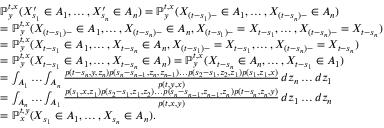
\begin{array} { r l } & { \ensuremath { \mathbb { P } } _ { y } ^ { t , x } ( X _ { s _ { 1 } } ^ { \prime } \in A _ { 1 } , \dots , X _ { s _ { n } } ^ { \prime } \in A _ { n } ) = \ensuremath { \mathbb { P } } _ { y } ^ { t , x } ( X _ { ( t - s _ { 1 } ) - } \in A _ { 1 } , \dots , X _ { ( t - s _ { n } ) - } \in A _ { n } ) } \\ & { = \ensuremath { \mathbb { P } } _ { y } ^ { t , x } ( X _ { ( t - s _ { 1 } ) - } \in A _ { 1 } , \dots , X _ { ( t - s _ { n } ) - } \in A _ { n } , X _ { ( t - s _ { 1 } ) - } = X _ { t - s _ { 1 } } , \dots , X _ { ( t - s _ { n } ) - } = X _ { t - s _ { n } } ) } \\ & { = \ensuremath { \mathbb { P } } _ { y } ^ { t , x } ( X _ { t - s _ { 1 } } \in A _ { 1 } , \dots , X _ { t - s _ { n } } \in A _ { n } , X _ { ( t - s _ { 1 } ) - } = X _ { t - s _ { 1 } } , \dots , X _ { ( t - s _ { n } ) - } = X _ { t - s _ { n } } ) } \\ & { = \ensuremath { \mathbb { P } } _ { y } ^ { t , x } ( X _ { t - s _ { 1 } } \in A _ { 1 } , \dots , X _ { t - s _ { n } } \in A _ { n } ) = \ensuremath { \mathbb { P } } _ { y } ^ { t , x } ( X _ { t - s _ { n } } \in A _ { n } , \dots , X _ { t - s _ { 1 } } \in A _ { 1 } ) } \\ & { = \int _ { A _ { 1 } } \dots \int _ { A _ { n } } \frac { p ( t - s _ { n } , y , z _ { n } ) p ( s _ { n } - s _ { n - 1 } , z _ { n } , z _ { n - 1 } ) \dots p ( s _ { 2 } - s _ { 1 } , z _ { 2 } , z _ { 1 } ) p ( s _ { 1 } , z _ { 1 } , x ) } { p ( t , y , x ) } \, d z _ { n } \dots d z _ { 1 } } \\ & { = \int _ { A _ { n } } \dots \int _ { A _ { 1 } } \frac { p ( s _ { 1 } , x , z _ { 1 } ) p ( s _ { 2 } - s _ { 1 } , z _ { 1 } , z _ { 2 } ) \dots p ( s _ { n } - s _ { n - 1 } , z _ { n - 1 } , z _ { n } ) p ( t - s _ { n } , z _ { n } , y ) } { p ( t , x , y ) } \, d z _ { 1 } \dots d z _ { n } } \\ & { = \ensuremath { \mathbb { P } } _ { x } ^ { t , y } ( X _ { s _ { 1 } } \in A _ { 1 } , \dots , X _ { s _ { n } } \in A _ { n } ) . } \end{array}